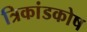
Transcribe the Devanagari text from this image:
त्रिकांडकोष